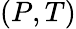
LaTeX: (P,T)